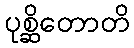
ပုစ္ဆိတောတိ